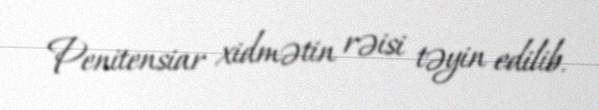
Penitensiar xidmətin rəisi təyin edilib.